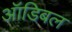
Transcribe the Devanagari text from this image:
ऑडिबल